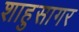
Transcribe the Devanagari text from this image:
शाहुसागर